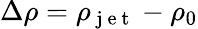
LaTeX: \Delta\rho=\rho_{\mathrm{~j~e~t~}}-\rho_{0}